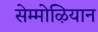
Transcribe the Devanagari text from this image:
सेम्मोऴियान